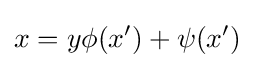
x=y\phi (x')+\psi (x')